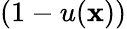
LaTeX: (1-u(\mathbf x))